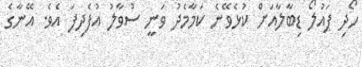
ހޯދި ޕައުލޯ ޑިބާލާއަށް ކުޅެވޭނެ ކަމާމެދު ވަނީ ސުވާލު އުފެދިފަ އެވެ. އޭނާގެ